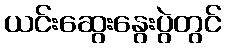
ယင်းဆွေးနွေးပွဲတွင်